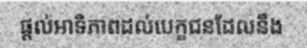
ផ្តល់អាទិភាពដល់បេក្ខជនដែលនឹង